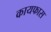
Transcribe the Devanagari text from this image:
कायफास